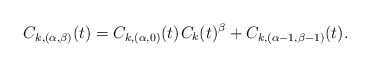
\begin{align*}C_{k,(\alpha,\beta)}(t) = C_{k,(\alpha,0)}(t) \kern+1pt C_k(t)^\beta + C_{k,(\alpha-1,\beta-1)}(t).\end{align*}